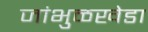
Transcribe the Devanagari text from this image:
जांभुळखेडा